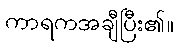
ကာရကအချီပြီး၏။